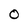
Character: O